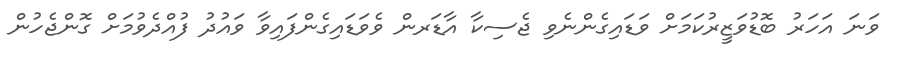
ވަނަ އަހަރު ބޮޑުވަޒީރުކަމަށް ވަޑައިގެންނެވި ޖެސިކާ އާޑަރން ވެވަޑައިގެންފައިވާ ވައުދު ފުއްދެވުމަށް ގޮންޖެހުން